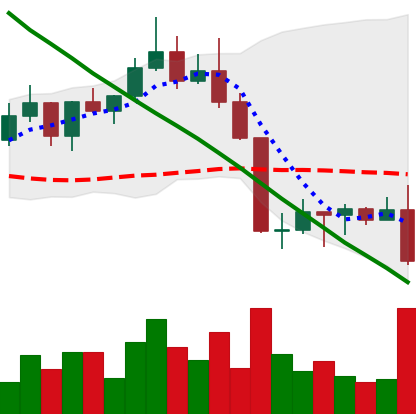
Ticker: ADA-USD
Chart end date: 2022-08-26
Forward return: 3.668%
Label: up_3_5